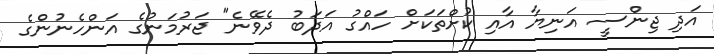
އަދި ޖިންސީ އަނިޔާ އާއި ކުށްތަކަށް ހައްގު އަދަބު ދެވޭނެ" ޖަރުމަނުގެ އަންހެނުންގެ